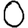
Digit: 0